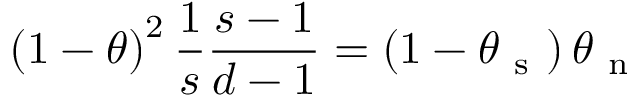
\left( 1 - \theta \right) ^ { 2 } \frac { 1 } { s } \frac { s - 1 } { d - 1 } = \left( 1 - \theta _ { \mathrm { ~ s ~ } } \right) \theta _ { \mathrm { ~ n ~ } }